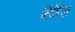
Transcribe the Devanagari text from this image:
हिगिंज़